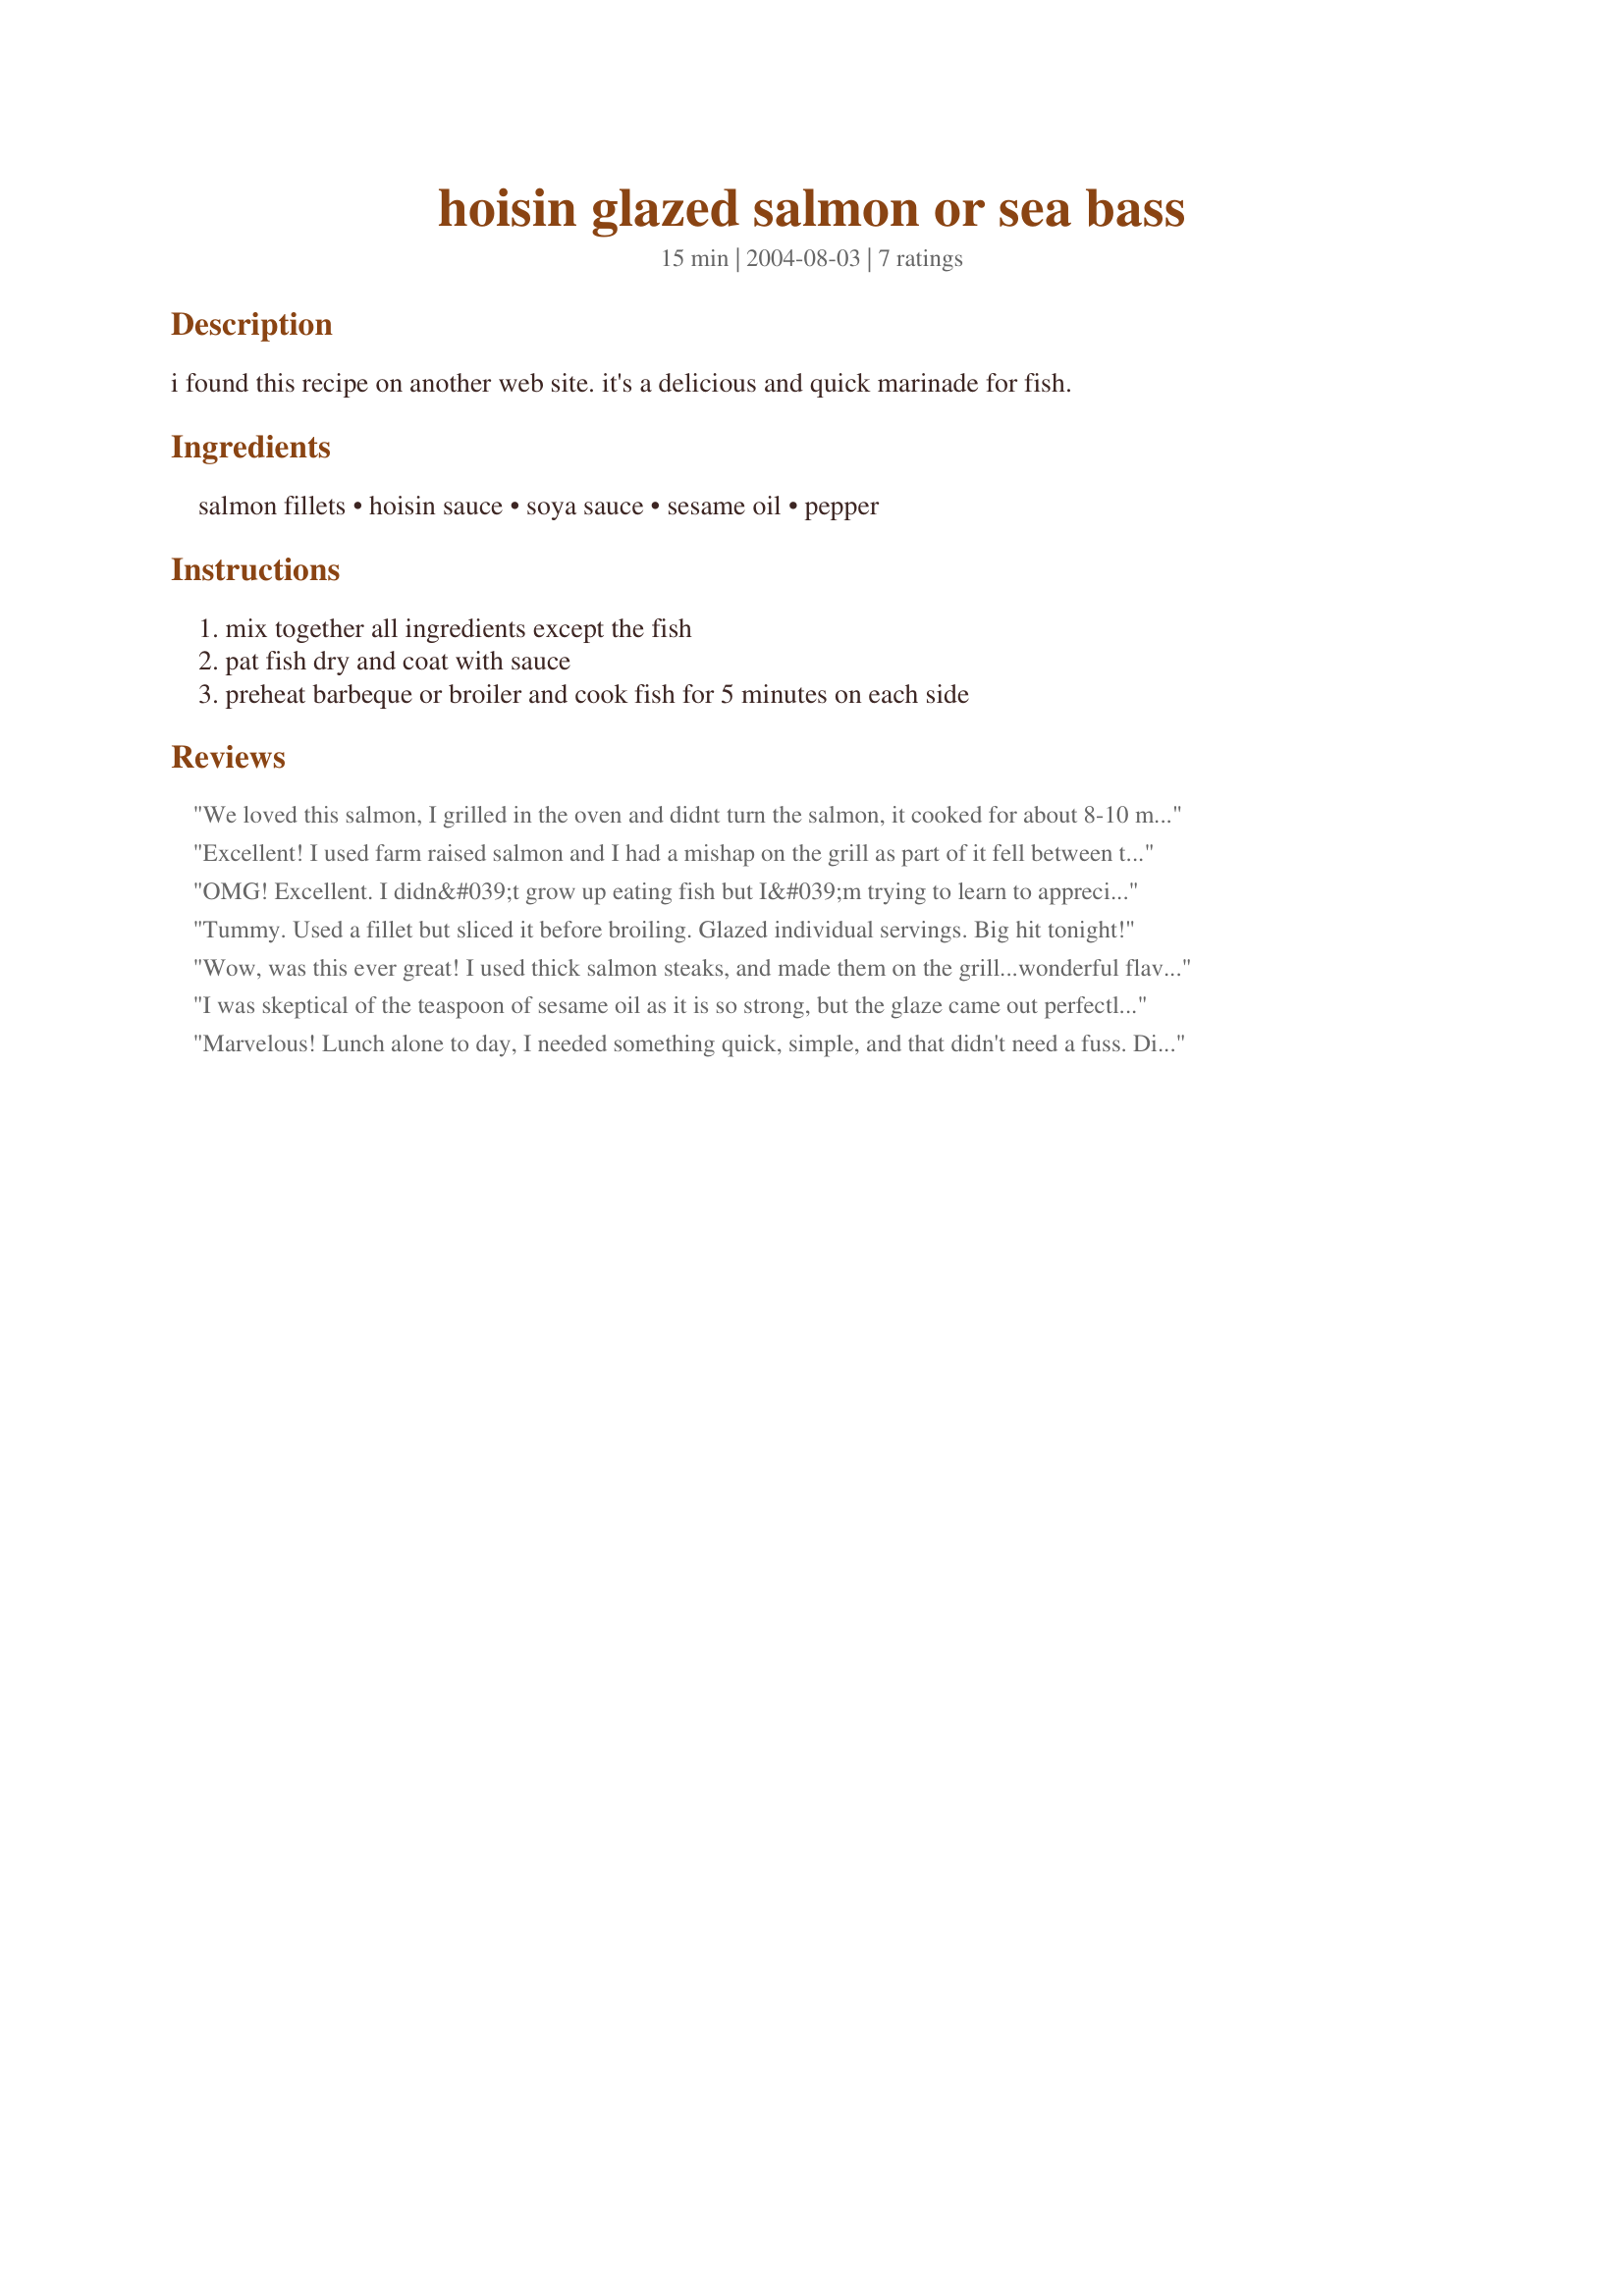
hoisin glazed salmon or sea bass
Preparation time: 15 minutes

i found this recipe on another web site. it's a delicious and quick marinade for fish.

Ingredients:
salmon fillets, hoisin sauce, soya sauce, sesame oil, pepper

Steps:
mix together all ingredients except the fish, pat fish dry and coat with sauce, preheat barbeque or broiler and cook fish for 5 minutes on each side

Reviews:
We loved this salmon, I grilled in the oven and didnt turn the salmon, it cooked for about 8-10 minutes.
Flavours are divine, thanks for sharing.
Excellent! I used farm raised salmon and I had a mishap on the grill as part of it fell between the grates (no fault of the recipe, it is just an explanation for the photograph). The flavor was a great enhancement to the salmon! Thanks for posting! Made for the Diabetic Forum's Pool Party tag.
OMG! Excellent. I didn&#039;t grow up eating fish but I&#039;m trying to learn to appreciate it. Not a fan of salmon or tuna but, so far Sea Bass is a hit with me. New, easy ways to cook sea bass is always exciting. This was easy and VERY tasty without taking from the lightness of the fish. I broiled it a little longer on each side (8-10 min or just long enough for the edges to crisp up and turn dark) and used stir fry oil. Will make again.
Tummy. Used a fillet but sliced it before broiling. Glazed individual servings. Big hit tonight!
Wow, was this ever great! I used thick salmon steaks, and made them on the grill...wonderful flavor! ...went great with my Greek Salad (recipe#66596). Thank you so much Dojemi for posting, I will make this again soon...Kittencal:)
I was skeptical of the teaspoon of sesame oil as it is so strong, but the glaze came out perfectly! The 5 min. per side on the grill made the Bass fantastic! Thanks for posting.
Marvelous! Lunch alone to day, I needed something quick, simple, and that didn't need a fuss. Did this sauce with a 1/3 pound Tuna steak grilled on the hibachi. This is most defintely a keeper. I did grill the Tuna a bit longer, it was thicker, you know. Thanx for posting this great recipe. Pierre
